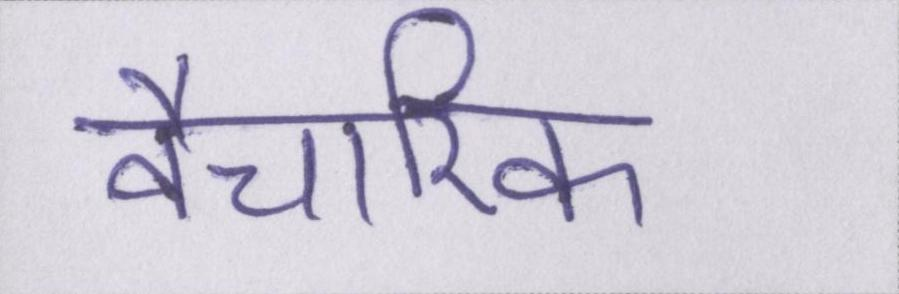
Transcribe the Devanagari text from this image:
वैचारिक